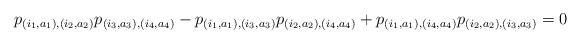
\begin{align*}p_{(i_1, a_1), (i_2, a_2)} p_{(i_3, a_3), (i_4, a_4)} - p_{(i_1, a_1), (i_3, a_3)} p_{(i_2, a_2), (i_4, a_4)} + p_{(i_1, a_1), (i_4, a_4)} p_{(i_2, a_2), (i_3, a_3)} = 0\\\end{align*}